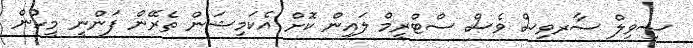
ސިވިލް ސާރވިސް ވެސް ސްޓްރީމް ލައިން ކޮށް އެކަމިޝަން ތެރޭން ފަންނީ މީހުން